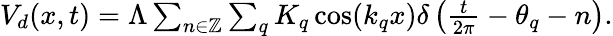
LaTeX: \begin{array}{r}{V_{d}(x,t)=\Lambda\sum_{n\in\mathbb{Z}}\sum_{q}K_{q}\cos(k_{q}x)\delta\left(\frac{t}{2\pi}-\theta_{q}-n\right).}\end{array}